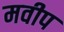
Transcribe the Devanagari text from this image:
मवीप